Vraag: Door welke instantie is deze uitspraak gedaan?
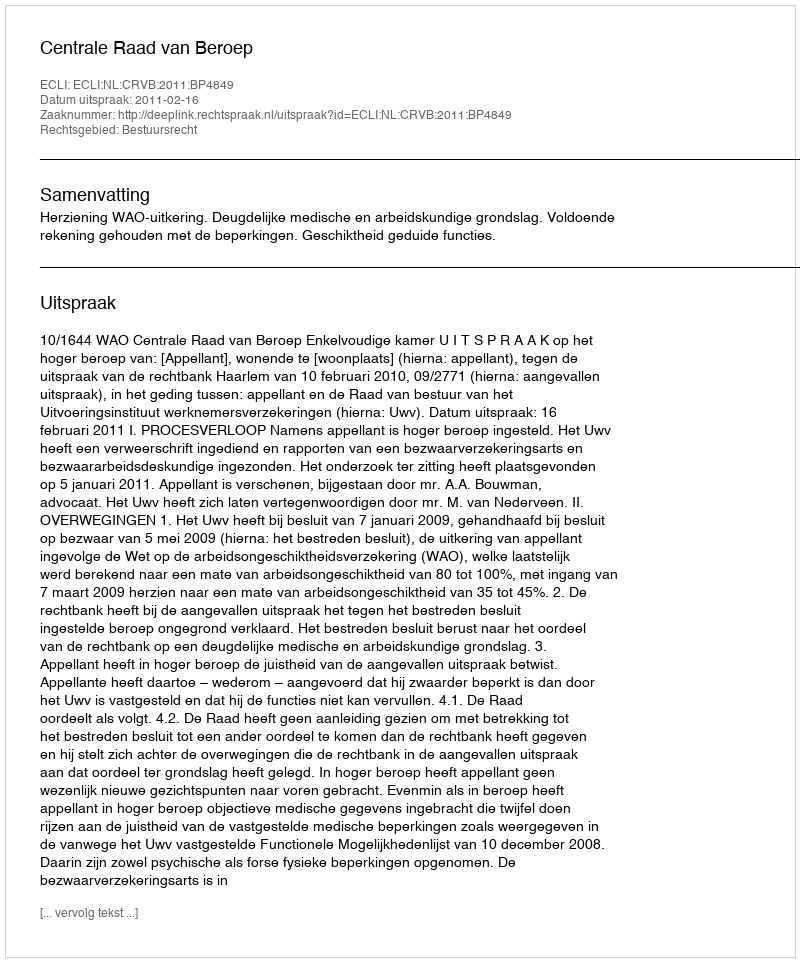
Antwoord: Centrale Raad van Beroep